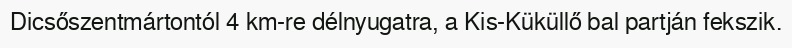
Dicsőszentmártontól 4 km-re délnyugatra, a Kis-Küküllő bal partján fekszik.